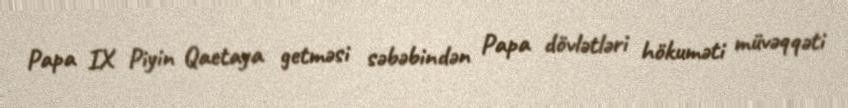
Papa IX Piyin Qaetaya getməsi səbəbindən Papa dövlətləri hökuməti müvəqqəti